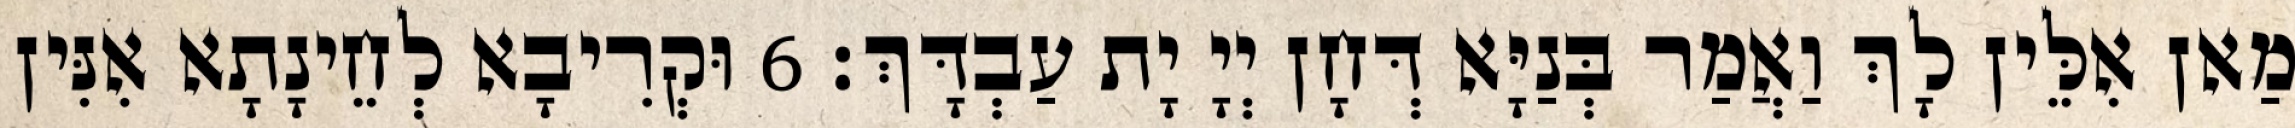
מַאן אִלֵּין לָךְ וַאֲמַר בְּנַיָּא דְּחָן יְיָ יָת עַבְדָּךְ׃ 6 וּקְרִיבָא לְחֵינָתָא אִנִּין